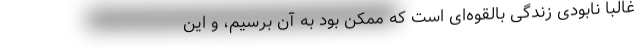
غالباً نابودی زندگیِ بالقوه‌ای است که ممکن بود به آن برسیم، و این